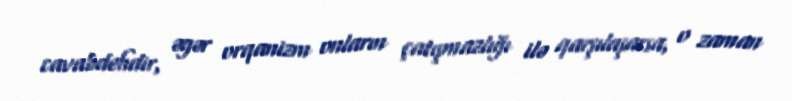
cavabdehdir, əgər orqanizm onların çatışmazlığı ilə qarşılaşarsa, o zaman